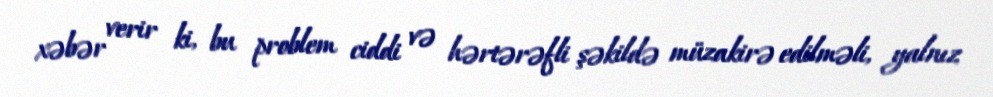
xəbər verir ki, bu problem ciddi və hərtərəfli şəkildə müzakirə edilməli, yalnız